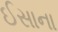
ઈસાના